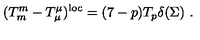
( T _ { m } ^ { m } - T _ { \mu } ^ { \mu } ) ^ { \mathrm { l o c } } = ( 7 - p ) T _ { p } \delta ( \Sigma ) \ .